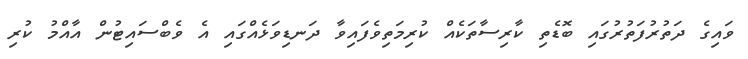
ވައިގެ ދަތުރުފަތުރުގައި ބޮޑެތި ކާރިސާތަކެއް ކުރިމަތިވެފައިވާ ދަނޑިވަޅެއްގައި އެ ވެބްސައިޓުން އާއްމު ކުރި